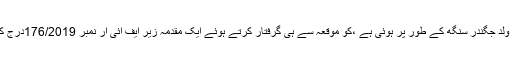
پولیس نے ملزم جس کی شناخت ہرجیت سنگھ ولد جگندر سنگھ کے طور پر ہوئی ہے ،کو موقعہ سے ہی گرفتار کرتے ہوئے ایک مقدمہ زیر ایف آئی آر نمبر 176/2019درج کر تے ہوئے مزید تحقیقات شروع کر دی ہیں ۔